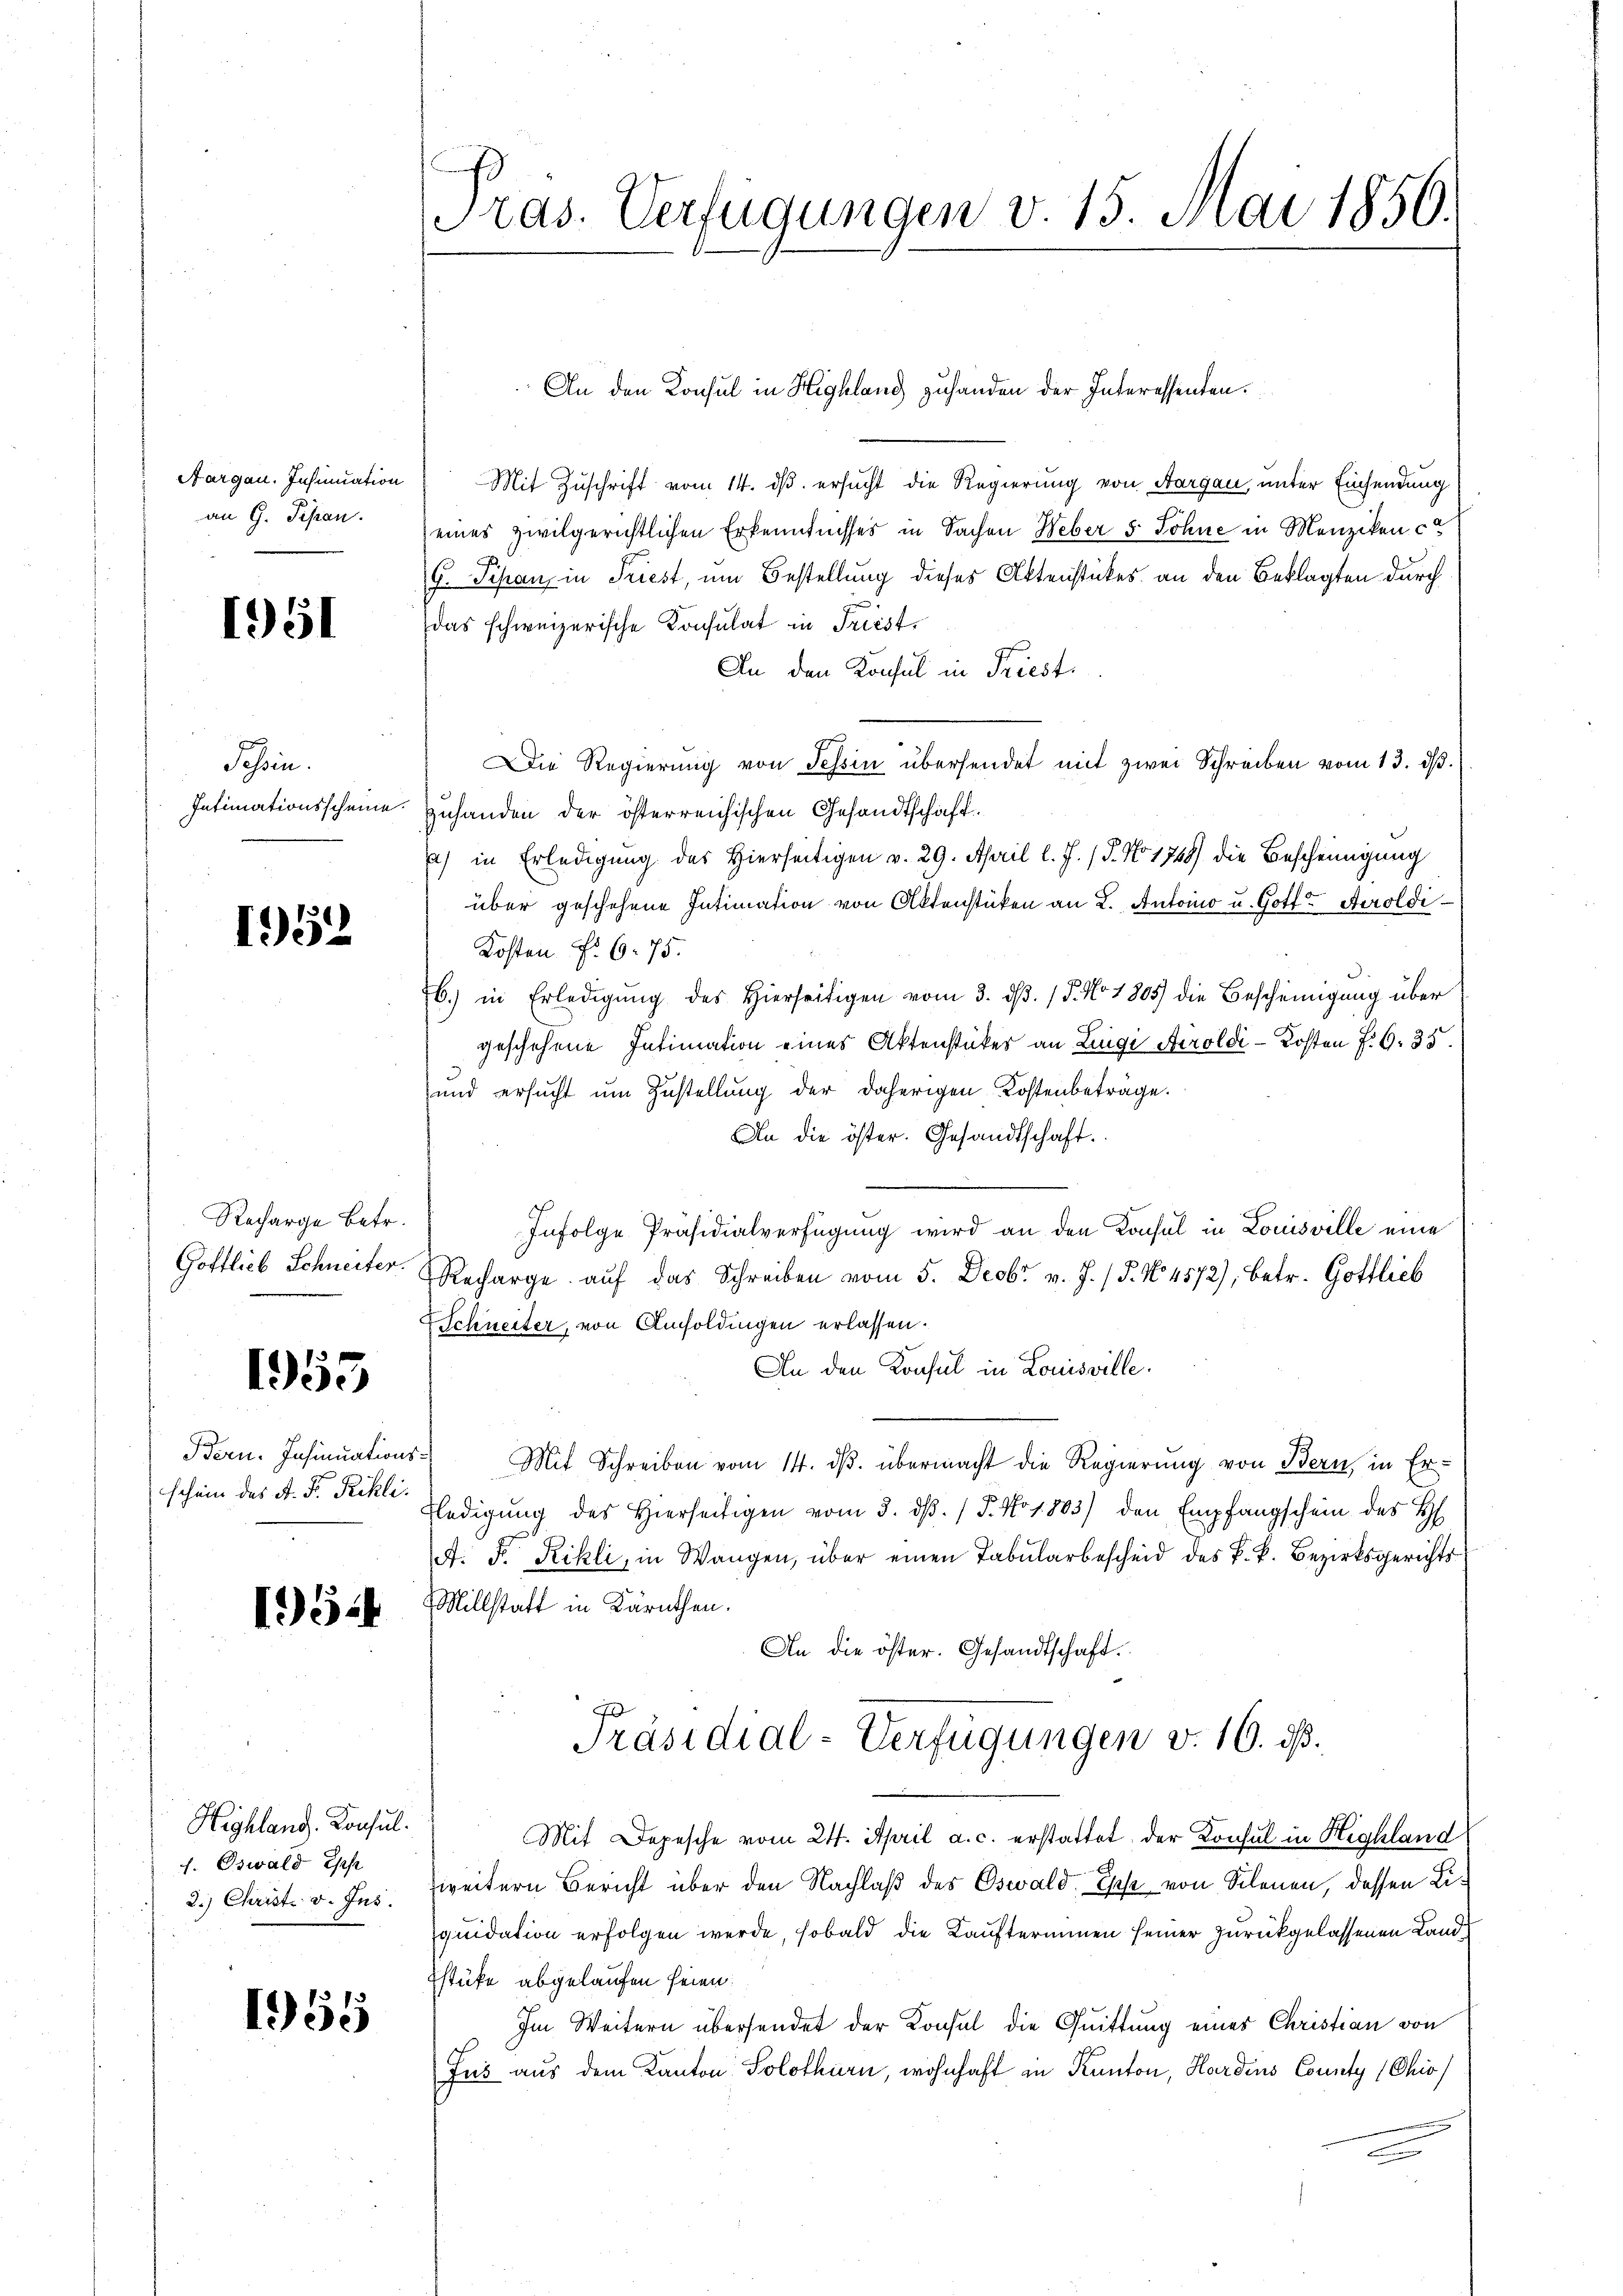
Aargau. Insinuation
an G. Pisan

1951

Sohin
Intimationsscheine.

1952

Recharge Betr.
Gottlieb Schneiter.

1953

schein des A. Fr. Rikli.

154

Highland. Konsul
f. Oswald Epp
2.) Christ. v. Jus

1955

Pras. Verfügungen v. 15. Mai 1856.

An den Konsul in Highlang zuhanden der Interessenten.
Mit Zuschrift vom 14. ds. ersucht die Regierung von Aargau, unter Einsendung
eines zivilgerichtlichen Erkenntnisses in Sachen Weber 5 Sohne in Menziken ca
G. Pipan, in Triest, um Bestellung dieses Aktenstückes an den Beklagten durch
das schweizerische Consulat in Friest.
An den Konsul in Priesti
Die Regierŭng von Tessin übersendet mit zwei Schreiben vom 13. dβ.
zuhanden der österreichischen Gesandtschaft.
) in Erledigung des Hierseitigen v. 29. April l. J. (T. No 1748) die Bescheinigung
über geschehene Intimation von Aktenstücken an L. Antoino u. Gott? Airoldi
Kosten Fr. 6. 75.
b.) in Erledigung des Hierseitigen vom 3. d. 15. No 1805) die Bescheinigung über
geschehene Intimation eines Aktenstückes an Lingi Airoldi-Kosten P. G. 35.
und ersucht um Zustellung der daherigen Kostenbeträge.
An die öster. Gesandtschaft.
Infolge Präsidialverfügung wird an den Konsul in Louisville eine
Recharge aŭf das Schreiben vom 5. Decbr v. J. (T. No. 4572), betr. Gottlieb
Schneiter, von Ansoldingen erlassen.
An den Konsul in Louisville.
Bern. Insinuations Mit Schreiben vom 14. dβ übermacht die Regierung von Bern, in Er-
rledigŭng des Hierseitigen vom 3. dβ. / 5. No 1803) den Empfangschein des H
A. F. Rikli, in Wangen, über einen Tabularbescheid des k. k. Bezirksgerichts
Millstatt in Kärnthen.
An die öster. Gesandtschaft.
Präsidial-Verfügungen v. 16. ds.
Mit Depesche vom 24. April a. c. erstattet, der Konsul in Highland
weitern Bericht über den Nachlaß des Oswald Esche von Scheuen, dessen Liquidation erfolgen werde, sobald die Kaufterminen seiner zurückgelassenen Land¬
Estüke abgelaufen seien.
Im Weitern übersendet der Konsul die Quittung einer Christian von
Jus aus dem Kanton Solothurn, wohnhaft in Kanton, Hardens County (Chio